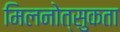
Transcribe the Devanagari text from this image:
मिलनोत्सुकता